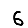
Digit: 6